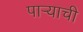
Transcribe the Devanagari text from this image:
पार्‍याची